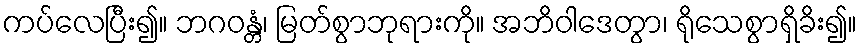
ကပ်လေပြီး၍။ ဘဂဝန္တံ၊ မြတ်စွာဘုရားကို။ အဘိဝါဒေတွာ၊ ရိုသေစွာရှိခိး၍။